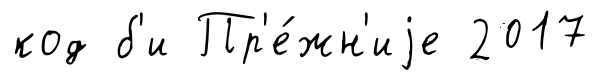
код б'и Пр'е́жн'иjе 2017